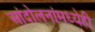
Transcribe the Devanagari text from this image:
आंदोलनांमध्येही